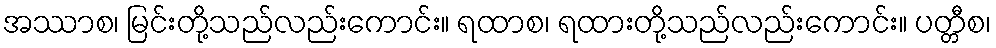
အဿာစ၊ မြင်းတို့သည်လည်းကောင်း။ ရထာစ၊ ရထားတို့သည်လည်းကောင်း။ ပတ္တီစ၊